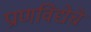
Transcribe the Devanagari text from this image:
प्राणविद्येचे